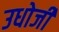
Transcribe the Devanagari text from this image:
उधोजी